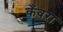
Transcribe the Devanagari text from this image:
कँवरा